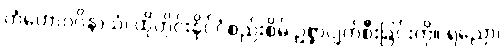
တံဟောဂဝိနာသံ၊ ထိုတိုင်းနိုင်ငံစည်းစိမ် ဥစ္စာပျက်စီးခြင်းကို။ ရညော၊